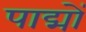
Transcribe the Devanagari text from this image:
पाद्मों